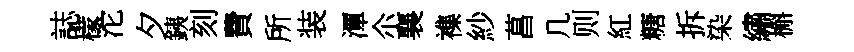
誌檬沱夕銕刻費所装潭尒襄襍紗菖几则紅糖拆染繡槲